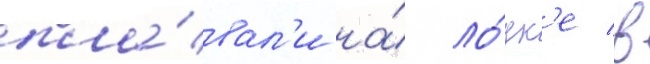
пла́вал'и на́ ло́дк'е в